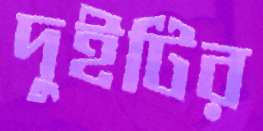
দুইটির